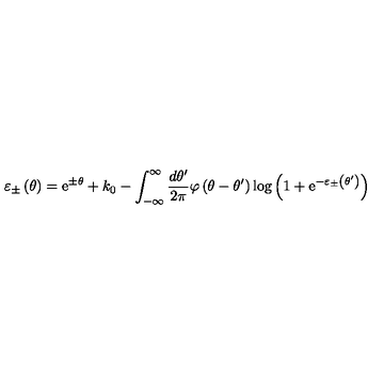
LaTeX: \varepsilon _ { \pm } \left( \theta \right) = \mathrm { e } ^ { \pm \theta } + k _ { 0 } - \int _ { - \infty } ^ { \infty } \frac { d \theta ^ { \prime } } { 2 \pi } \varphi \left( \theta - \theta ^ { \prime } \right) \log \left( 1 + \mathrm { e } ^ { - \varepsilon _ { \pm } \left( \theta ^ { \prime } \right) } \right)